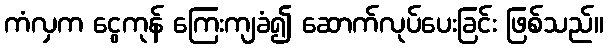
ကံလှက ငွေကုန် ကြေးကျခံ၍ ဆောက်လုပ်ပေးခြင်း ဖြစ်သည်။